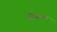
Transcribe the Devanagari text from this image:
कँगाल